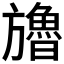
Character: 𣄤